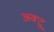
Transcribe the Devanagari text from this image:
अक्टू